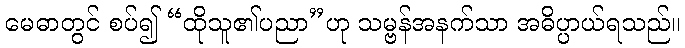
မေဓာတွင် စပ်၍ “ထိုသူ၏ပညာ”ဟု သမ္ဗန်အနက်သာ အဓိပ္ပာယ်ရသည်။